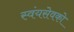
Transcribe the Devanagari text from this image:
स्वंयसेवको